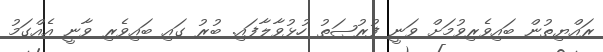
ރައްޔިތުން ބައިވެރިވުމަށް ވަނީ ފުރުޞަތު ހުޅުވާލާފައި. ބުރު ގައި ބައިވެރި ވާނީ އެއްގަމު